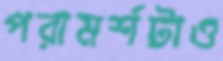
পরামর্শটাও